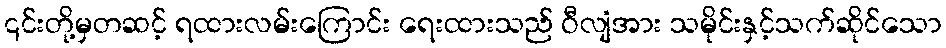
၎င်းတို့မှတဆင့် ရထားလမ်းကြောင်း ရေးထားသည် ဝီလျံအား သမိုင်းနှင့်သက်ဆိုင်သော